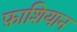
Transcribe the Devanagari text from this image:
फ़ाशियान